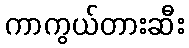
ကာကွယ်တားဆီး